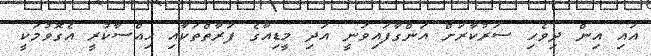
އައި އިން ދިވެހި ސަރުކާރަށް އަންގާފައިވަނީ އަދި މީޑިއާގެ ފަރާތްތަކާއި ޙިއްސާކުރީ އެގޮވުމަކީ